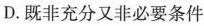
D.既非充分又非必要条件